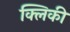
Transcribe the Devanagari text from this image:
क्लिकी